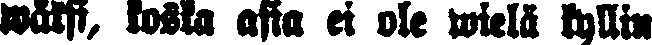
wäksi, koska asia ei ole wielä kyllin